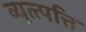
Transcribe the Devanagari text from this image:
व्युत्त्पत्ति